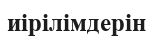
иірілімдерін